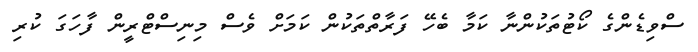
ސްވިޑެންގެ ކޯޓުތަކުންނާ ކަމާ ބެހޭ ފަރާތްތަކުން ކަމަށް ވެސް މިނިސްޓްރީން ފާހަގަ ކުރި